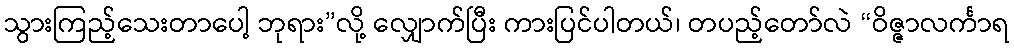
သွားကြည့်သေးတာပေါ့ ဘုရား”လို့ လျှောက်ပြီး ကားပြင်ပါတယ်၊ တပည့်တော်လဲ “ဝိဇ္ဇာလင်္ကာရ